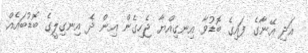
އަދި އޭނާގެ ފައިގެ ބޮޑުވާ އިނގިއްޔާ ޖެހިގެން އިން ދެ އިނގިލީގެ ބޮޑުބައެއް